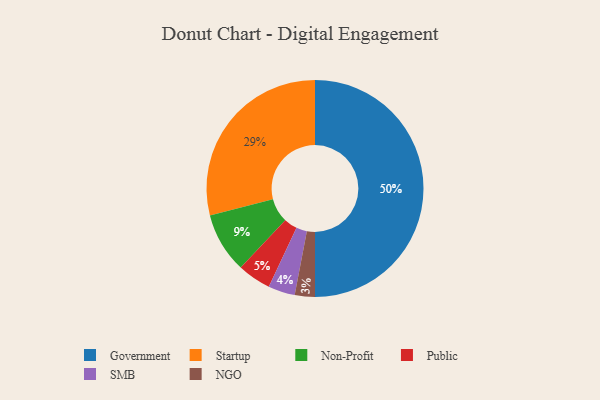
{"axis": {"x": "Category", "y": "Percentage"}, "legend": ["Government", "NGO", "Non-Profit", "Public", "SMB", "Startup"], "data": [{"x": "NGO", "y": 3, "type": "NGO"}, {"x": "Public", "y": 5, "type": "Public"}, {"x": "Non-Profit", "y": 9, "type": "Non-Profit"}, {"x": "Startup", "y": 29, "type": "Startup"}, {"x": "Government", "y": 50, "type": "Government"}, {"x": "SMB", "y": 4, "type": "SMB"}]}